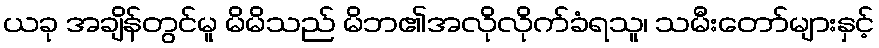
ယခု အချိန်တွင်မူ မိမိသည် မိဘ၏အလိုလိုက်ခံရသူ၊ သမီးတော်များနှင့်